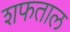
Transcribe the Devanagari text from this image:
शफताल